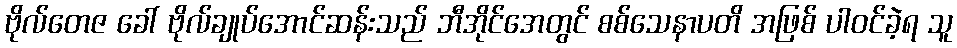
ဗိုလ်တေဇ ခေါ် ဗိုလ်ချုပ်အောင်ဆန်းသည် ဘီအိုင်အေတွင် စစ်သေနာပတိ အဖြစ် ပါဝင်ခဲ့ရ သူ